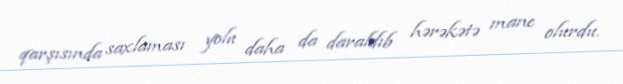
qarşısında saxlaması yolu daha da daraldıb hərəkətə mane olurdu.